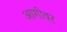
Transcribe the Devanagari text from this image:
आगीवर